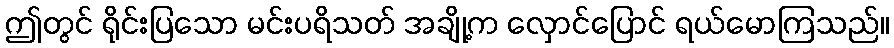
ဤတွင် ရိုင်းပြသော မင်းပရိသတ် အချို့က လှောင်ပြောင် ရယ်မောကြသည်။